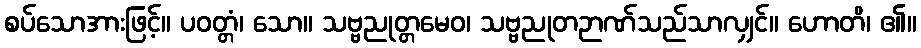
စပ်သောအားဖြင့်။ ပဝတ္တံ၊ သော။ သဗ္ဗညုတ္တမေဝ၊ သဗ္ဗညုတဉာဏ်သည်သာလျှင်။ ဟောတိ၊ ၏။